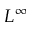
L ^ { \infty }